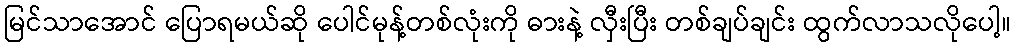
မြင်သာအောင် ပြောရမယ်ဆို ပေါင်မုန့်တစ်လုံးကို ဓားနဲ့ လှီးပြီး တစ်ချပ်ချင်း ထွက်လာသလိုပေါ့။